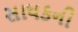
સાધકની